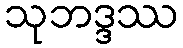
သုဘဒ္ဒဿ